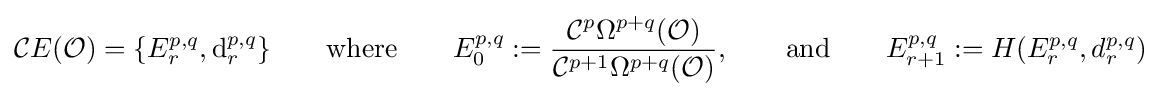
{\mathcal {C}}E({\mathcal {O}})=\{E_{r}^{p,q},{\text{d}}_{r}^{p,q}\}\qquad {\text{where}}\qquad E_{0}^{p,q}:={\frac {{\mathcal {C}}^{p}\Omega ^{p+q}({\mathcal {O}})}{{\mathcal {C}}^{p+1}\Omega ^{p+q}({\mathcal {O}})}},\qquad {\text{and}}\qquad E_{r+1}^{p,q}:=H(E_{r}^{p,q},d_{r}^{p,q})